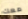
معك